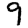
Digit: 9